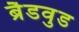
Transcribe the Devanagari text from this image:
ब्रैडवुड